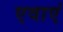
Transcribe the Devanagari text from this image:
एवाएं